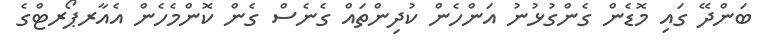
ބަންދޭ ގައި މޮޑެން ގެންގުޅުނު އަންހެން ކުދިންތައް ގެނެސް ގެން ކޮންމެހެން އެއާރޕޯރޓްގެ